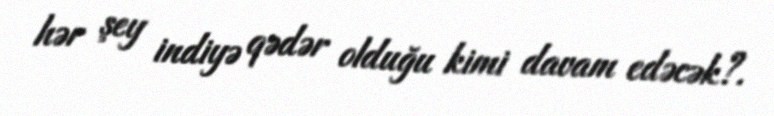
hər şey indiyə qədər olduğu kimi davam edəcək?.